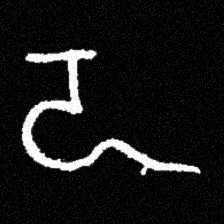
Pyu character \u2014 Myanmar letter: ဍ (romanized: dda)